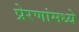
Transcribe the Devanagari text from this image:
प्रेरणांमध्ये